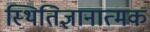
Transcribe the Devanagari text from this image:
स्थितिज्ञानात्मक